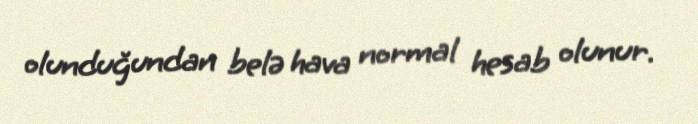
olunduğundan belə hava normal hesab olunur.